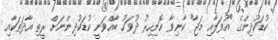
ކުޑަކުދިންގެ "އުފަލާއި މަޖާ" ކާނިވާ ހޮނިހިރު ދުވަހު ބާއްވަނީ ކުޑަކުދިންނަށް ރީތި އާދަތަކާއި